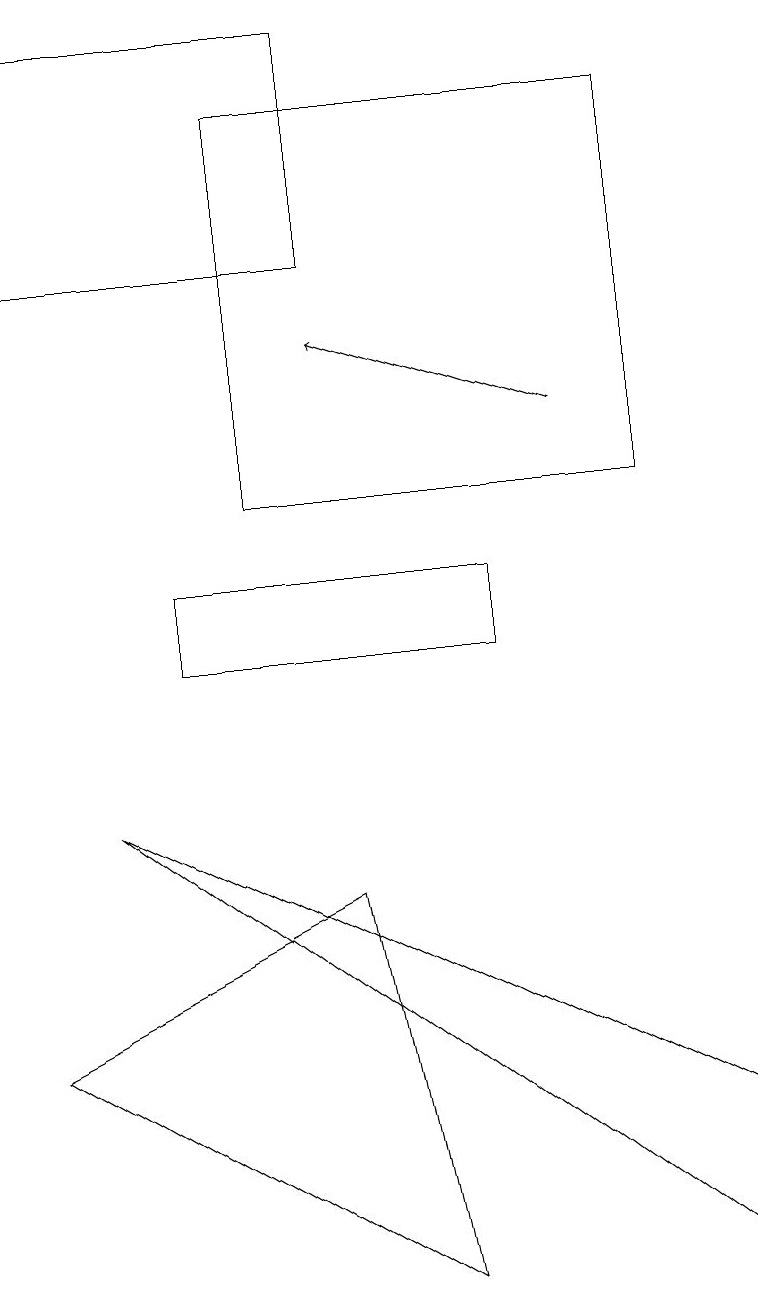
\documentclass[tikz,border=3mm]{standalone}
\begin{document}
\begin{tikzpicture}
\draw (5,2) -- (0,5) -- (4,7) -- cycle;
\draw (6,11) rectangle (2,10);
\draw (9,4) -- (1,8) -- (9,2) -- cycle;
\draw (0,15) rectangle (4,18);
\draw[->] (7,13) -- (4,14);
\draw (8,12) rectangle (3,17);
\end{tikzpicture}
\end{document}